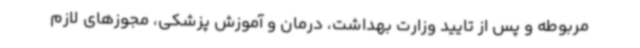
مربوطه و پس از تایید وزارت بهداشت، درمان و آموزش پزشکی، مجوزهای لازم